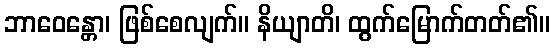
ဘာဝေန္တော၊ ဖြစ်စေလျက်။ နိယျာတိ၊ ထွက်မြောက်တတ်၏။